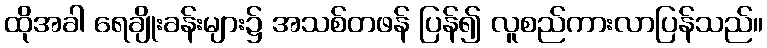
ထိုအခါ ရေချိုးခန်းများ၌ အသစ်တဖန် ပြန်၍ လူစည်ကားလာပြန်သည်။